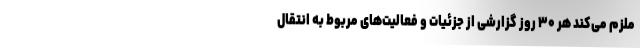
ملزم می‌کند هر ۳۰ روز گزارشی از جزئیات و فعالیت‌های مربوط به انتقال